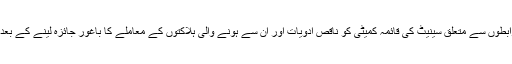
اس بحث کے نتیجے میں چیئرمین سینیٹ فاروق نائیک نے بین الاصوبائی رابطوں سے متعلق سینیٹ کی قائمہ کمیٹی کو ناقص ادویات اور ان سے ہونے والی ہلاکتوں کے معاملے کا باغور جائزہ لینے کے بعد 10 روز کے اندر اپنی رپورٹ ایوان کے سامنے پیش کرنے کی ہدایت کی۔